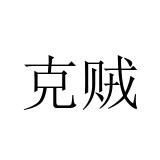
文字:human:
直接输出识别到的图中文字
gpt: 克贼